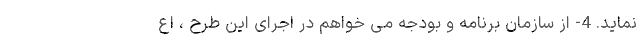
نماید. 4- از سازمان برنامه و بودجه می خواهم در اجرای این طرح ، اع